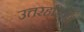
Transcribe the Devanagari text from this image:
उत्तरहरिवंश